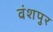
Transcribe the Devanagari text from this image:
वंशपुर